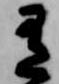
有